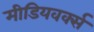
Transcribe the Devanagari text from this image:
मीडियवर्क्स